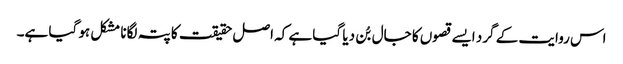
اس روایت کے گرد ایسے قصوں کا جال بُن دیا گیا ہے کہ اصل حقیقت کا پتہ لگانا مشکل ہو گیا ہے۔